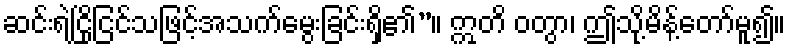
ဆင်းရဲငြိုငြင်သဖြင့်အသက်မွေးခြင်းရှိ၏”။ ဣတိ ဝတွာ၊ ဤသို့မိန့်တော်မူ၍။